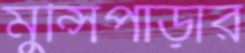
মুন্সিপাড়ার